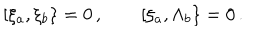
\lbrack \xi _ { a } , \xi _ { b } \} = 0 \, , \quad \quad \lbrack \xi _ { a } , \Lambda _ { b } \} = 0 \, .